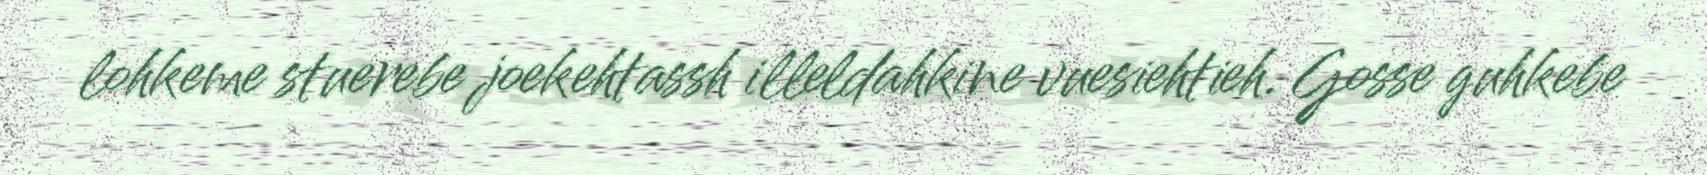
lohkeme stuerebe joekehtassh illeldahkine vuesiehtieh. Gosse guhkebe